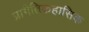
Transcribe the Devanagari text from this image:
प्रागैतिकहासिक